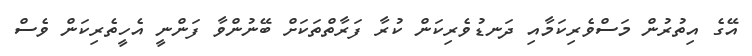
އޭގެ އިތުރުން މަސްވެރިކަމާއި ދަނޑުވެރިކަން ކުރާ ފަރާތްތަކަށް ބޭނުންވާ ފަންނީ އެހީތެރިކަން ވެސް